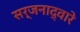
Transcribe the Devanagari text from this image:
सर्जनाद्वारे